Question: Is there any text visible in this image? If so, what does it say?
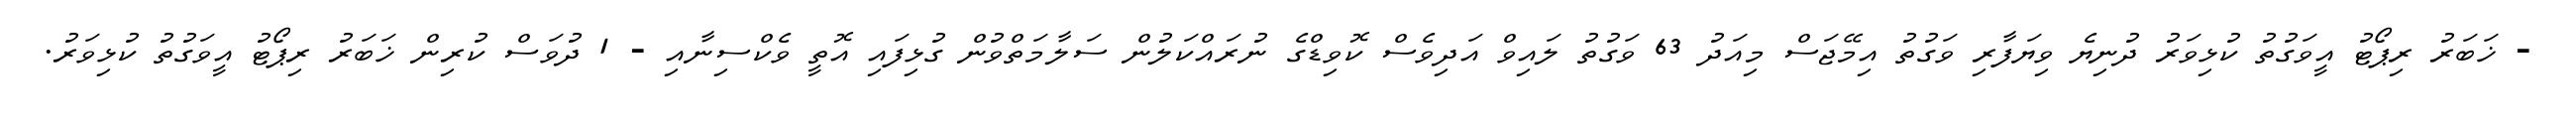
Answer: - ޚަބަރު ރިޕޯޓު އީވަގުތު ކުޅިވަރު ދުނިޔެ ވިޔަފާރި ވަގުތު އިމޭޖަސް މިއަދު 63 ވަގުތު ލައިވް އަދިވެސް ކޮވިޑްގެ ނުރައްކަލުން ސަލާމަތްވުން ގުޅިފައި އޮތީ ވެކްސިނާއި - 1 ދުވަސް ކުރިން ޚަބަރު ރިޕޯޓު އީވަގުތު ކުޅިވަރު.